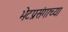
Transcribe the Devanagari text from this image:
भेटप्रसंगाच्या